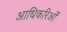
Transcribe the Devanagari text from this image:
आधिकरिओं